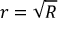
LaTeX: r = { \sqrt { R } }